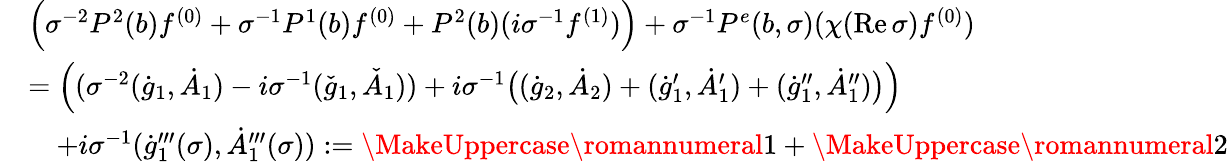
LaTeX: \begin{array}{rl}&{\Big(\sigma^{-2}P^{2}(b)f^{(0)}+\sigma^{-1}P^{1}(b)f^{(0)}+P^{2}(b)(i\sigma^{-1}f^{(1)})\Big)+\sigma^{-1}P^{e}(b,\sigma)(\chi(\mathrm{Re\, }\sigma)f^{(0)})}\\ &{=\Big((\sigma^{-2}(\dot{g}_{1},\dot{A}_{1})-i\sigma^{-1}(\check{g}_{1},\check{A}_{1}))+i\sigma^{-1}\big((\dot{g}_{2},\dot{A}_{2})+(\dot{g}_{1}^{\prime},\dot{A}_{1}^{\prime})+(\dot{g}_{1}^{\prime\prime},\dot{A}_{1}^{\prime\prime})\big)\Big)}\\ &{\quad+i\sigma^{-1}(\dot{g}_{1}^{\prime\prime\prime}(\sigma),\dot{A}_{1}^{\prime\prime\prime}(\sigma)):=\MakeUppercase{\romannumeral 1}+\MakeUppercase{\romannumeral 2}}\end{array}